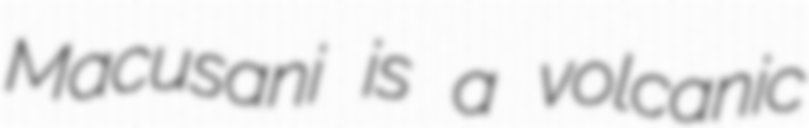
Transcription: Macusani is a volcanic